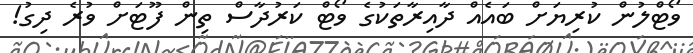
ވޯޓްލުން ކުރިޔަށް ބައެއް ދާއިރާތަކުގެ ވޯޓް ކަރުދާސް ތިން ފޫޓަށް ވުރެ ދިގު!